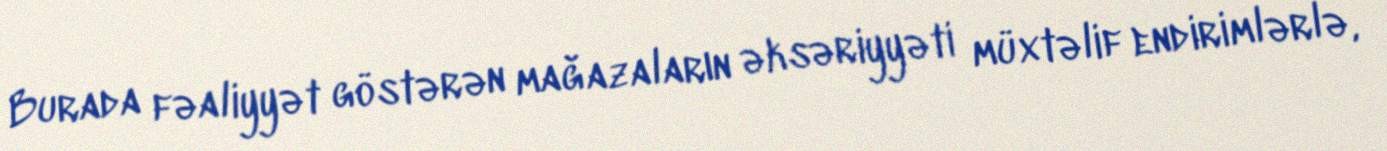
Burada fəaliyyət göstərən mağazaların əksəriyyəti müxtəlif endirimlərlə,